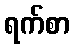
ရက်စာ